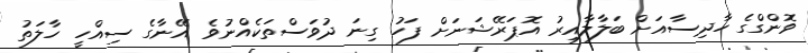
ވޮންގްގެ ހާދިސާއަށް ބަލާލާއިރު އޮޕަރޭޝަނަށް ފަހު ގިނަ ދުވަސްތަކެއްނުވެ އޭނާގެ ސިއްހީ ހާލަތު